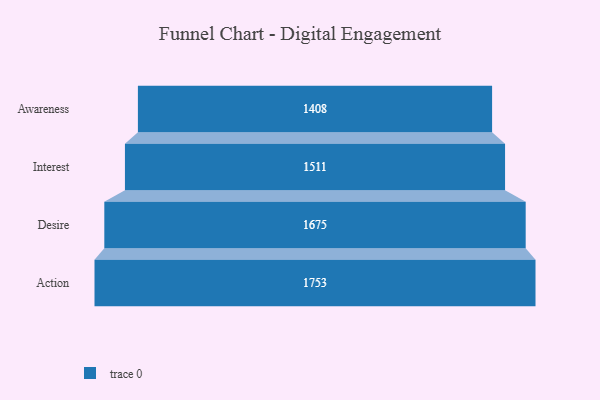
{"axis": {"x": "Stage", "y": "Value"}, "legend": [""], "data": [{"x": "Awareness", "y": 1408.0, "type": ""}, {"x": "Interest", "y": 1511.0, "type": ""}, {"x": "Desire", "y": 1675.0, "type": ""}, {"x": "Action", "y": 1753.0, "type": ""}]}